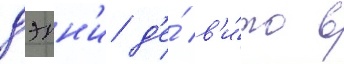
дэнн'и д'е́ в'и́то в